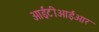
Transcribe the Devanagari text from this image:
आईटीआईआर